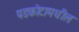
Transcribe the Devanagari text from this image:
पडकोटामधील